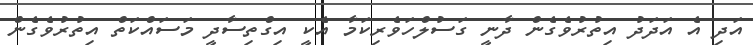
އަދި އެ އަދަދު އިތުރުވެގެން ދާނީ ގަސުލްހަވެރިކަމާ އެކީ އިގްތިސާދީ މަސައްކަތް އިތުރުވެގެން